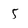
Character: 5